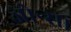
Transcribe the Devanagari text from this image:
जोन्स।